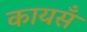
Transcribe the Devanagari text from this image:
कायसँ